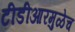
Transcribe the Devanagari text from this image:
टीडीआरमुळेच